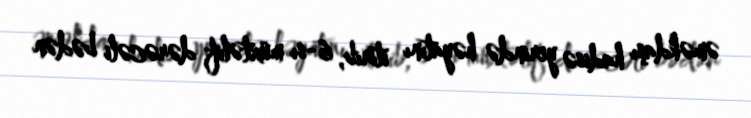
əməkdaşı hadisə yerində həyatını itirib, 6-sı müxtəlif dərəcəli bədən